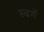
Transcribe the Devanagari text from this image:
स्वर्गे